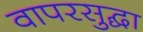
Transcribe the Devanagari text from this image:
वापरसुद्घा